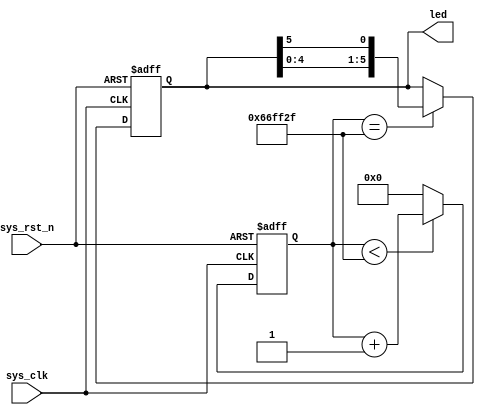
module led (
    input sys_clk,          // clk input
    input sys_rst_n,        // reset input
    output reg [5:0] led    // 6 LEDS pin
);

reg [23:0] counter;

always @(posedge sys_clk or negedge sys_rst_n) begin
    if (!sys_rst_n)
        counter <= 24'd0;
    else if (counter < 24'd674_9999)       // 0.5s delay
        counter <= counter + 1'd1;
    else
        counter <= 24'd0;
end

always @(posedge sys_clk or negedge sys_rst_n) begin
    if (!sys_rst_n)
        led <= 6'b111110;
    else if (counter == 24'd674_9999)       // 0.5s delay
        led[5:0] <= {led[4:0],led[5]};
    else
        led <= led;
end

endmodule